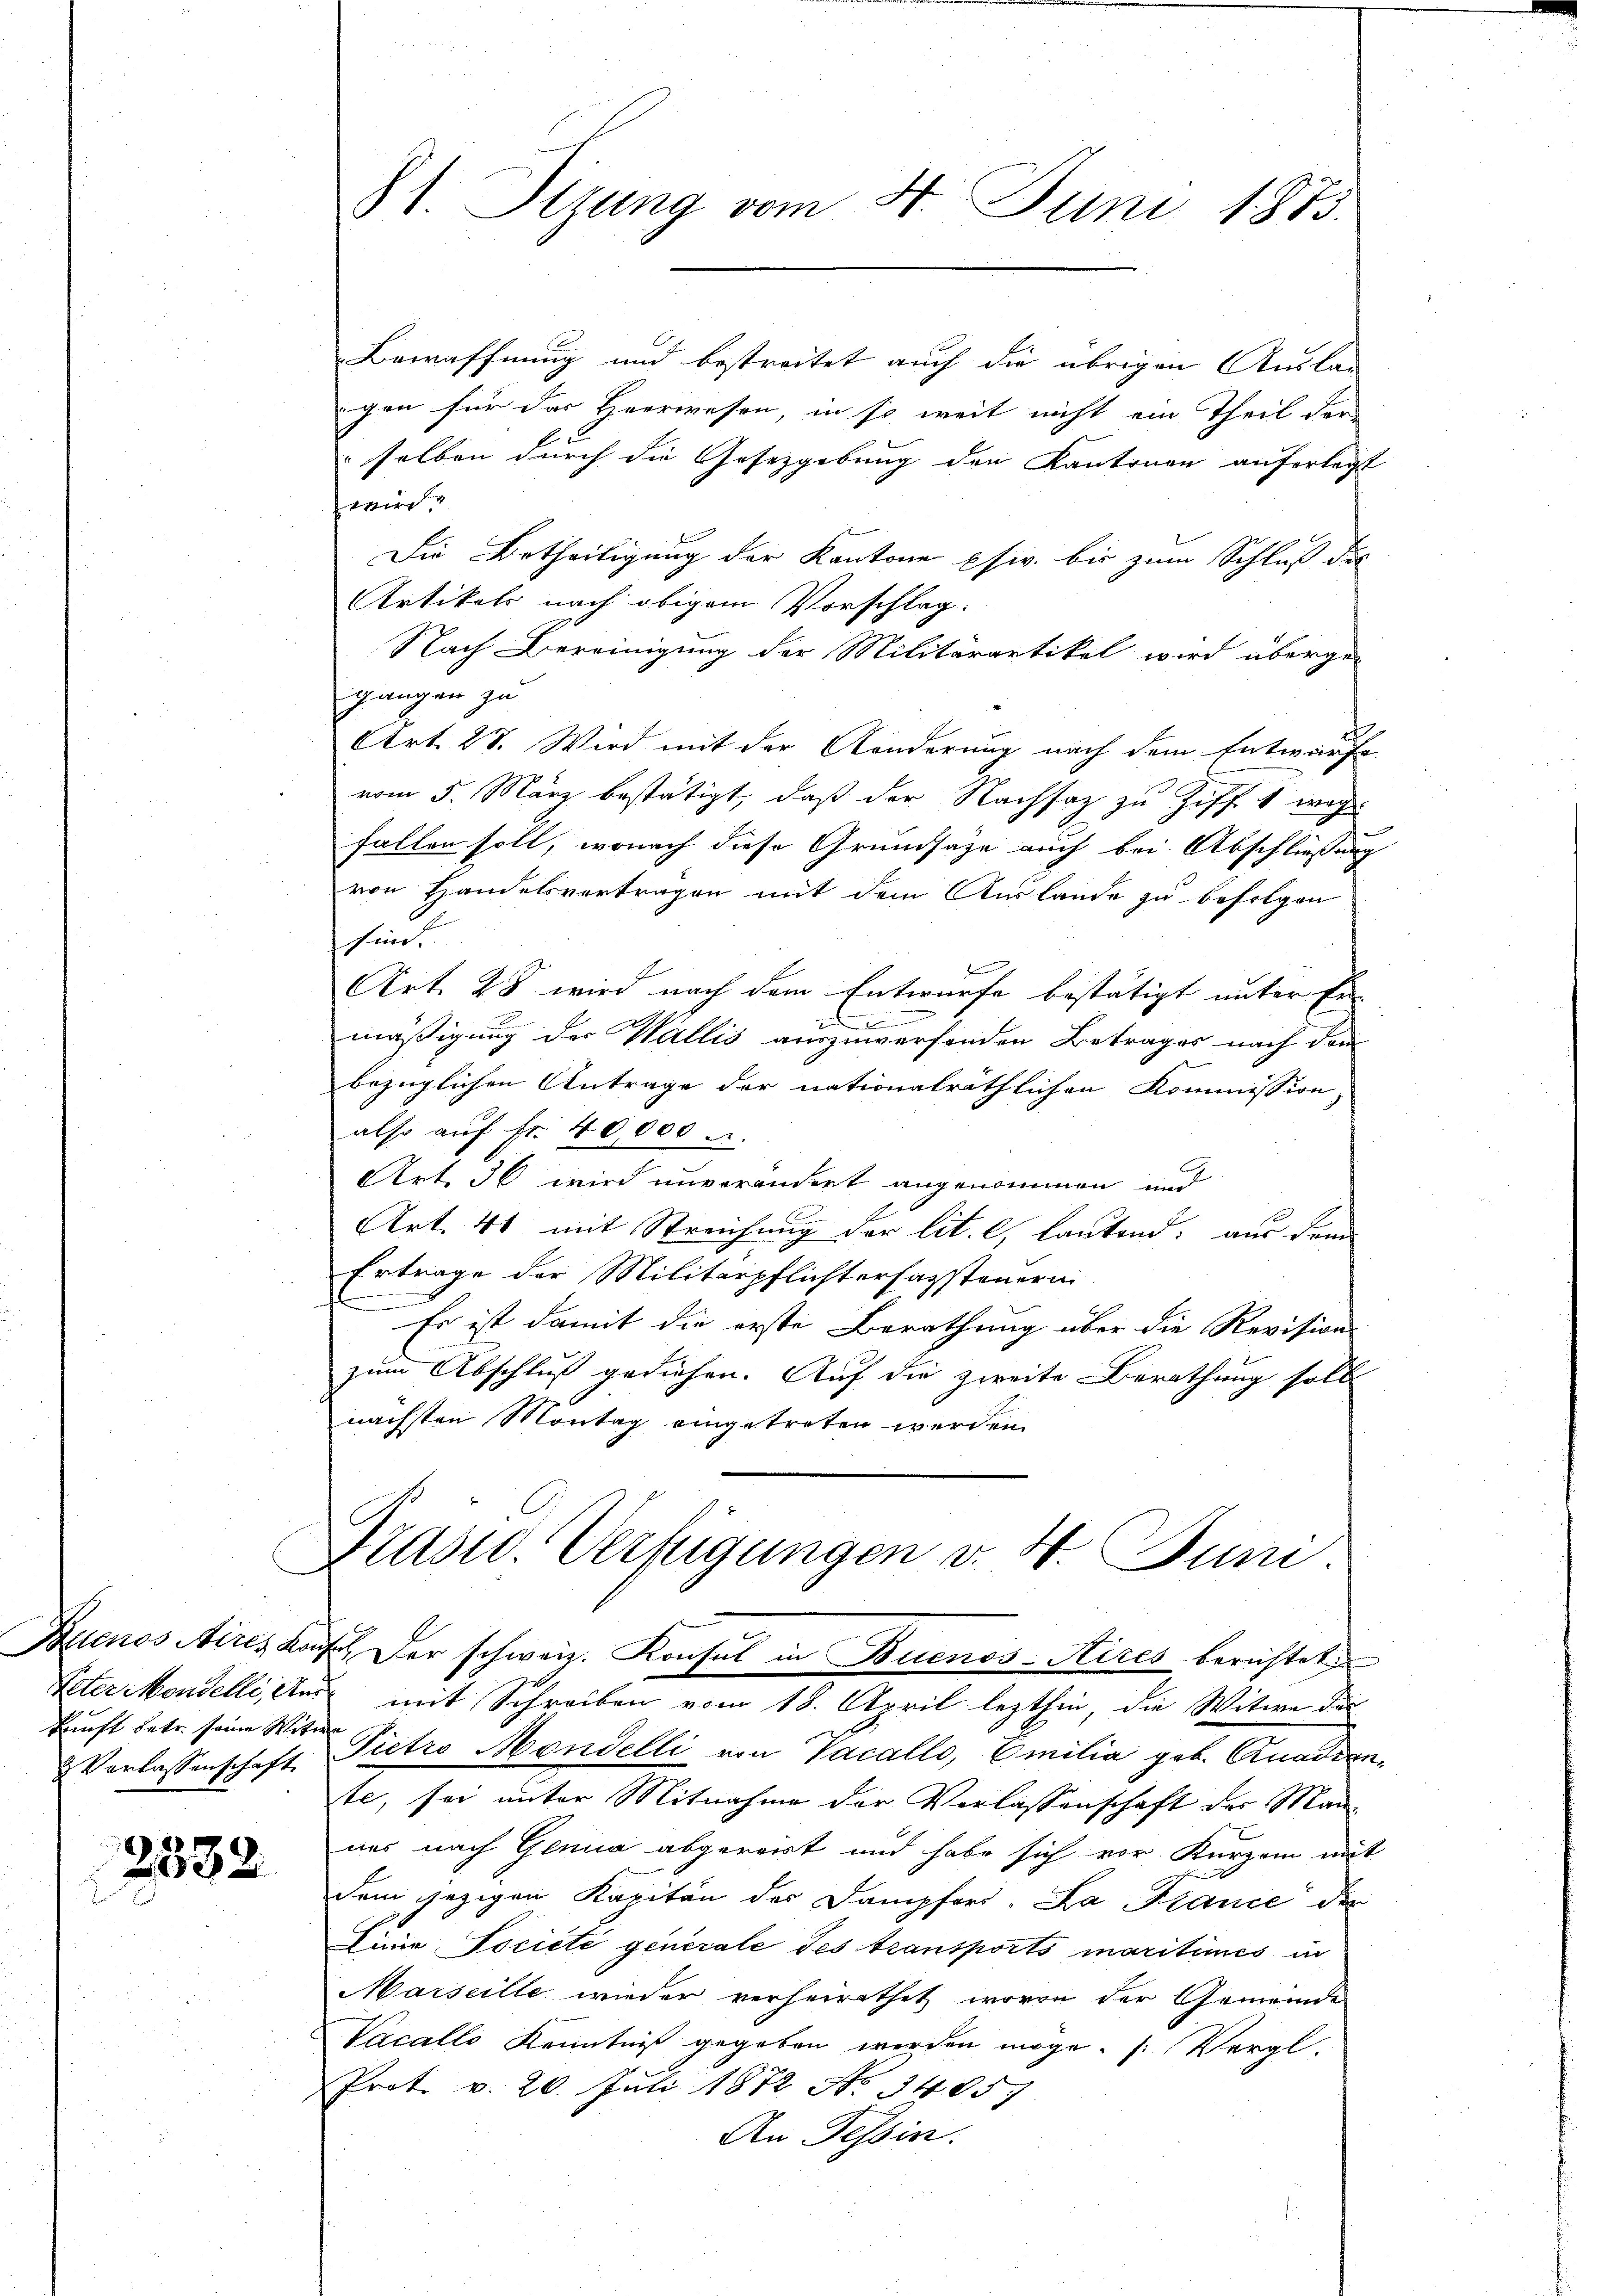
kunft betr. seine Witwe
& Verlassenschaft.

2332

.

St. Sizung vom 4. Juni 1883.

Bewaffnung und bestreitet auch die übrigen Auslag
igen für das Heerwesen, in so weit nicht ein Theil der
selben durch die Gesetzgebung den Kantonen auferlegt
wird
Die Betheiligung der Kantone psiv. bis zum Schluß die
Artikels nach obigem Vorschlag.
Nach Bereinigung der Militärartikel wird überge-
gangen zu
Art. 27. Wird mit der Anderung nach dem Entwurfe
vom 5. März bestätigt, daß der Nachsatz zu Ziff. 1 weg
fallen soll, wonach diese Grundsätze auch bei Abschließung
von Handelsverträgen mit dem Auslande zu befolgen
hin
Art. 28 wird nach dem Entwurfe bestätigt unter Er-
d
mäßigung des Wallis auszuwerfenden Betrages nach dem
bezüglichen Antrage der nationalräthlichen Kommission
also auf Fr. 40,000
Art. 36 wird unverändert angenommen und
Art. 41 mit Streichung der lit. c, lautend: aus dem
Ertrage der Militärpflichterfassteuerin
.
Es ist damit die erste Berathung über die Revision
zum Abschluß gediehen. Auf die zweite Berathung soll
nächsten Montag eingetreten werden.
Präsid. Verfügungen v. 4. Juni.
Buenos Aires Kauf. Der schweiz. Konsul in Buenos-Aires berichtet
Peter Mondelli, aus mit Schreiben vom 18. April lezthin, die Witwe des
Pietro Mondelli von Vacallo, Emilia geb. Anadiente, sei unter Mitnahme der Verlassenschaft der Manues nach Genua abgereist und habe sich vor Kurzem mit
dem jezigen Kapitän der Dampfers. La France der
Linie Societe generale des transports maritimes in
Marseille wieder verheirathet, wovon der Gemeinde
Vacallo Kenntniß gegeben werden möge. (Vergl.
Prot. v. 20. Juli 1872 No 3485)
An Tessin.